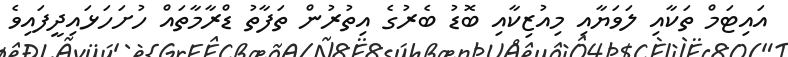
އައިޓަމް ތަކާއި ލަވަޔާއި މިއުޒިކާއި ބޮޑު ބެރުގެ އިތުރުން ތަފާތު ޑްރާމާތައް ހުށަހަޅައިދީފައިވެ